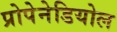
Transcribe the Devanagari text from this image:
प्रोपेनेडियोल